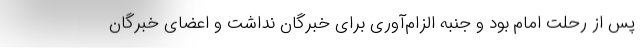
پس از رحلت امام بود و جنبه الزام‌آوری برای خبرگان نداشت و اعضای خبرگان